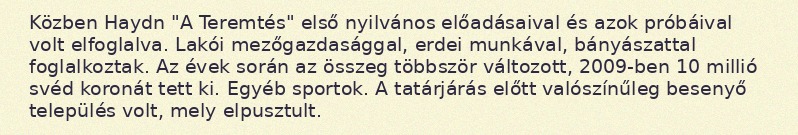
Közben Haydn "A Teremtés" első nyilvános előadásaival és azok próbáival volt elfoglalva. Lakói mezőgazdasággal, erdei munkával, bányászattal foglalkoztak. Az évek során az összeg többször változott, 2009-ben 10 millió svéd koronát tett ki. Egyéb sportok. A tatárjárás előtt valószínűleg besenyő település volt, mely elpusztult.